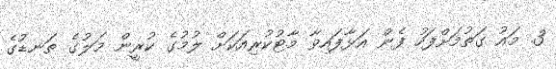
3. މައު ގަތުމަށްފަހު ފެން އަޅާފައިވާ މާޓުކުރިއަކަށް ލުމުގެ ކުރީން މަލުގެ ތަނޑުގެ